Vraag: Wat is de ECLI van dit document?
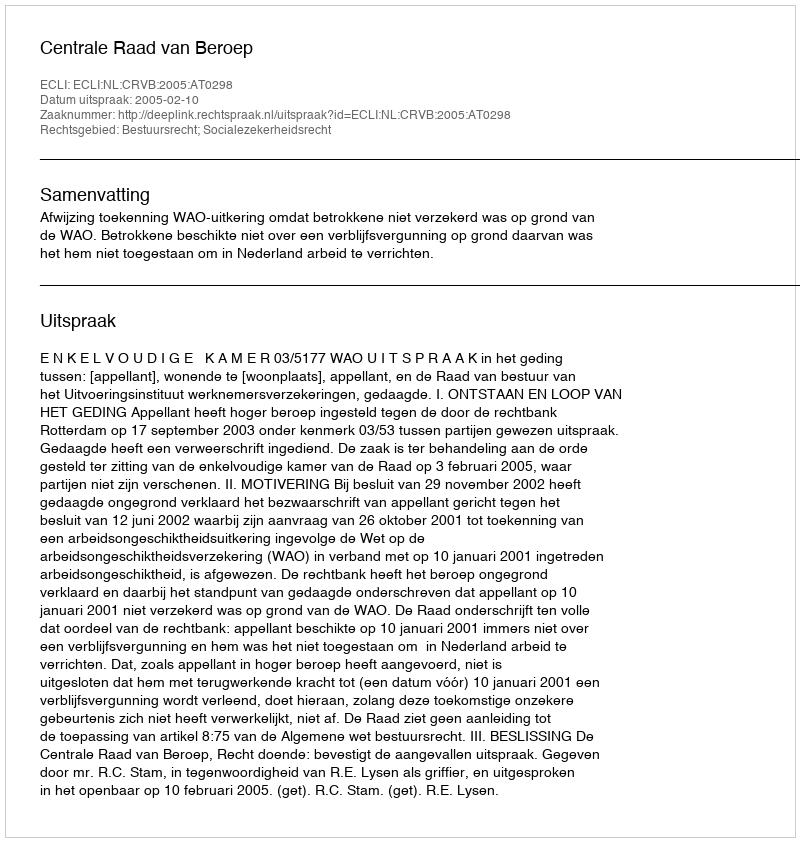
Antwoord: ECLI:NL:CRVB:2005:AT0298